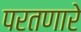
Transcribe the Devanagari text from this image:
परतणारे